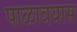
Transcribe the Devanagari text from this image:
पाळावयास